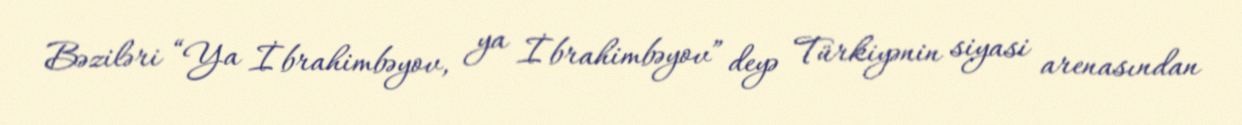
Bəziləri “Ya İbrahimbəyov, ya İbrahimbəyov” deyə Türkiyənin siyasi arenasından